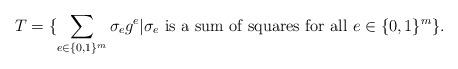
LaTeX: \begin{align*}T = \{ \sum_{e \in \{0,1\}^m} \sigma_e g^e | \sigma_e \textrm{ is a sum of squares for all } e \in \{0,1\}^m \}.\end{align*}